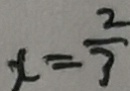
x = \frac { 2 } { 3 }